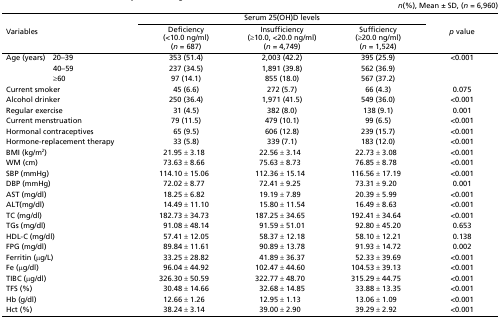
<table><thead><tr><td colspan="6"><b><i>n</i>(%), Mean ± SD, (<i>n</i> = 6,960)</b></td></tr><tr><td rowspan="2" colspan="2"><b>Variables</b></td><td colspan="3"><b>Serum 25(OH)D levels</b></td><td rowspan="2"><b><i>p</i> value</b></td></tr><tr><td><b>Deficiency (&lt;10.0 ng/ml) (<i>n</i> = 687)</b></td><td><b>Insufficiency (≥10.0, &lt;20.0 ng/ml) (<i>n</i> = 4,749)</b></td><td><b>Sufficiency (≥20.0 ng/ml) (<i>n</i> = 1,524)</b></td></tr></thead><tbody><tr><td>Age (years)</td><td>20–39</td><td>353 (51.4)</td><td>2,003 (42.2)</td><td>395 (25.9)</td><td>&lt;0.001</td></tr><tr><td></td><td>40–59</td><td>237 (34.5)</td><td>1,891 (39.8)</td><td>562 (36.9)</td><td></td></tr><tr><td></td><td>≥60</td><td>97 (14.1)</td><td>855 (18.0)</td><td>567 (37.2)</td><td></td></tr><tr><td colspan="2">Current smoker</td><td>45 (6.6)</td><td>272 (5.7)</td><td>66 (4.3)</td><td>0.075</td></tr><tr><td colspan="2">Alcohol drinker</td><td>250 (36.4)</td><td>1,971 (41.5)</td><td>549 (36.0)</td><td>&lt;0.001</td></tr><tr><td colspan="2">Regular exercise</td><td>31 (4.5)</td><td>382 (8.0)</td><td>138 (9.1)</td><td>0.001</td></tr><tr><td colspan="2">Current menstruation</td><td>79 (11.5)</td><td>479 (10.1)</td><td>99 (6.5)</td><td>&lt;0.001</td></tr><tr><td colspan="2">Hormonal contraceptives</td><td>65 (9.5)</td><td>606 (12.8)</td><td>239 (15.7)</td><td>&lt;0.001</td></tr><tr><td colspan="2">Hormone-replacement therapy</td><td>33 (5.8)</td><td>339 (7.1)</td><td>183 (12.0)</td><td>&lt;0.001</td></tr><tr><td colspan="2">BMI (kg/m<sup>2</sup>)</td><td>21.95 ± 3.18</td><td>22.56 ± 3.14</td><td>22.73 ± 3.08</td><td>&lt;0.001</td></tr><tr><td colspan="2">WM (cm)</td><td>73.63 ± 8.66</td><td>75.63 ± 8.73</td><td>76.85 ± 8.78</td><td>&lt;0.001</td></tr><tr><td colspan="2">SBP (mmHg)</td><td>114.10 ± 15.06</td><td>112.36 ± 15.14</td><td>116.56 ± 17.19</td><td>&lt;0.001</td></tr><tr><td colspan="2">DBP (mmHg)</td><td>72.02 ± 8.77</td><td>72.41 ± 9.25</td><td>73.31 ± 9.20</td><td>0.001</td></tr><tr><td colspan="2">AST (mg/dl)</td><td>18.25 ± 6.82</td><td>19.19 ± 7.89</td><td>20.39 ± 5.99</td><td>&lt;0.001</td></tr><tr><td colspan="2">ALT(mg/dl)</td><td>14.49 ± 11.10</td><td>15.80 ± 11.54</td><td>16.49 ± 8.63</td><td>&lt;0.001</td></tr><tr><td colspan="2">TC (mg/dl)</td><td>182.73 ± 34.73</td><td>187.25 ± 34.65</td><td>192.41 ± 34.64</td><td>&lt;0.001</td></tr><tr><td colspan="2">TGs (mg/dl)</td><td>91.08 ± 48.14</td><td>91.59 ± 51.01</td><td>92.80 ± 45.20</td><td>0.653</td></tr><tr><td colspan="2">HDL-C (mg/dl)</td><td>57.41 ± 12.05</td><td>58.37 ± 12.18</td><td>58.10 ± 12.21</td><td>0.138</td></tr><tr><td colspan="2">FPG (mg/dl)</td><td>89.84 ± 11.61</td><td>90.89 ± 13.78</td><td>91.93 ± 14.72</td><td>0.002</td></tr><tr><td colspan="2">Ferritin (μg/L)</td><td>33.25 ± 28.82</td><td>41.89 ± 36.37</td><td>52.33 ± 39.69</td><td>&lt;0.001</td></tr><tr><td colspan="2">Fe (μg/dl)</td><td>96.04 ± 44.92</td><td>102.47 ± 44.60</td><td>104.53 ± 39.13</td><td>&lt;0.001</td></tr><tr><td colspan="2">TIBC (μg/dl)</td><td>326.30 ± 50.59</td><td>322.77 ± 48.70</td><td>315.29 ± 44.75</td><td>&lt;0.001</td></tr><tr><td colspan="2">TFS (%)</td><td>30.48 ± 14.66</td><td>32.68 ± 14.85</td><td>33.88 ± 13.35</td><td>&lt;0.001</td></tr><tr><td colspan="2">Hb (g/dl)</td><td>12.66 ± 1.26</td><td>12.95 ± 1.13</td><td>13.06 ± 1.09</td><td>&lt;0.001</td></tr><tr><td colspan="2">Hct (%)</td><td>38.24 ± 3.14</td><td>39.00 ± 2.90</td><td>39.29 ± 2.92</td><td>&lt;0.001</td></tr></tbody></table>